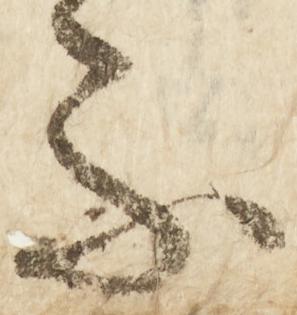
不